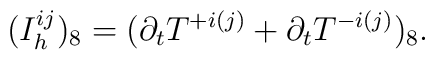
(I_h^{ij})_8 = (\partial_t T^{+i(j)} + \partial_t T^{-i(j)})_8.